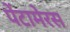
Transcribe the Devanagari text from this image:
पेंटामेरस